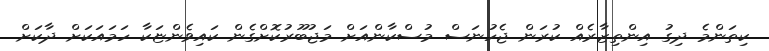
ކިތަންމެ ދިގު އިންތިޒާރެއް ކުރަން ޖެހުނަސް މުސްކާންއަށް މަޖުބޫރުކޮށްގެން ކައިވެންޏަކާ ހަމައަކަށް ދާކަށް